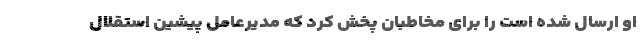
او ارسال شده است را برای مخاطبان پخش کرد که مدیرعامل پیشین استقلال